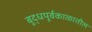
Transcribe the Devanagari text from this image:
बुद्धपूर्वकाळातील